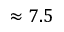
\approx 7 . 5